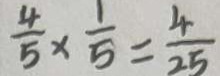
\frac { 4 } { 5 } \times \frac { 1 } { 5 } = \frac { 4 } { 2 5 }